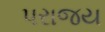
પરાજય